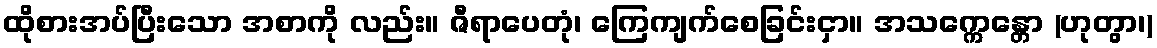
ထိုစားအပ်ပြီးသော အစာကို လည်း။ ဇီရာပေတုံ၊ ကြေကျက်စေခြင်းငှာ။ အသက္ကေန္တော (ဟုတွာ၊)